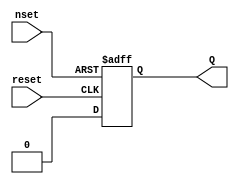
/*
 * Copyright (c) 2001 Stephen Williams (steve@icarus.com)
 *
 *    This source code is free software; you can redistribute it
 *    and/or modify it in source code form under the terms of the GNU
 *    General Public License as published by the Free Software
 *    Foundation; either version 2 of the License, or (at your option)
 *    any later version.
 *
 *    This program is distributed in the hope that it will be useful,
 *    but WITHOUT ANY WARRANTY; without even the implied warranty of
 *    MERCHANTABILITY or FITNESS FOR A PARTICULAR PURPOSE.  See the
 *    GNU General Public License for more details.
 *
 *    You should have received a copy of the GNU General Public License
 *    along with this program; if not, write to the Free Software
 *    Foundation, Inc., 59 Temple Place - Suite 330, Boston, MA 02111-1307, USA
 */

/*
 * This program combines two events with an event or. The tricky part
 * for the vvp target is that there is a mix of posedge and negedge
 * events.
 */

module ndFF ( nset, reset, Q );

   input  nset;            // clk   negedge set Q=1
   input  reset;           // reset posedge set Q=0
   output Q ;              // Q output
   reg    Q ;

   always @(negedge nset or posedge reset)
     begin
	if (nset ==1'b0)  Q  = 1'b1;
	else if (reset==1'b1) Q  = 1'b0;
     end

endmodule

module main;

   reg nset, reset;
   wire Q;

   ndFF dut(nset, reset, Q);

   initial begin
      #0 nset = 1;
      reset = 1;
      #1 nset = 0;
      #1 if (Q !== 1'b1) begin
	 $display("FAILED (a) nset=%b, reset=%b, Q=%b", nset, reset, Q);
	 $finish;
      end
      nset = 1;
      #1 if (Q !== 1'b1) begin
	 $display("FAILED (b) nset=%b, reset=%b, Q=%b", nset, reset, Q);
	 $finish;
      end
      reset = 0;
      #1 if (Q !== 1'b1) begin
	 $display("FAILED (c) nset=%b, reset=%b, Q=%b", nset, reset, Q);
	 $finish;
      end
      reset = 1;
      #1 if (Q !== 1'b0) begin
	 $display("FAILED (d) nset=%b, reset=%b, Q=%b", nset, reset, Q);
	 $finish;
      end
      $display("PASSED");

   end // initial begin

endmodule // main